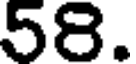
58.